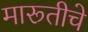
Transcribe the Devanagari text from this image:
मारूतीचे